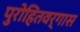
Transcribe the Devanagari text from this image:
पुरोहितवर्गास